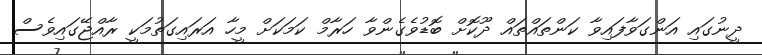
ދީނުގައި އަންގަވާފައިވާ ކަންތައްތައް ދޫކޮށް ބޮޑުވެގެންވާ ހަރާމް ކަމަކަށް މީހާ އަރައިގަތުމަކީ ރާއްޖޭގައިވެސް